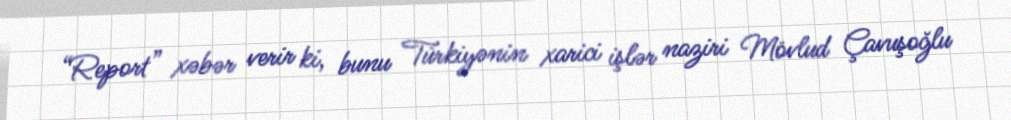
“Report” xəbər verir ki, bunu Türkiyənin xarici işlər naziri Mövlud Çavuşoğlu